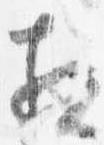
相